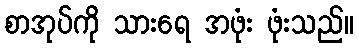
စာအုပ်ကို သားရေ အဖုံး ဖုံးသည်။